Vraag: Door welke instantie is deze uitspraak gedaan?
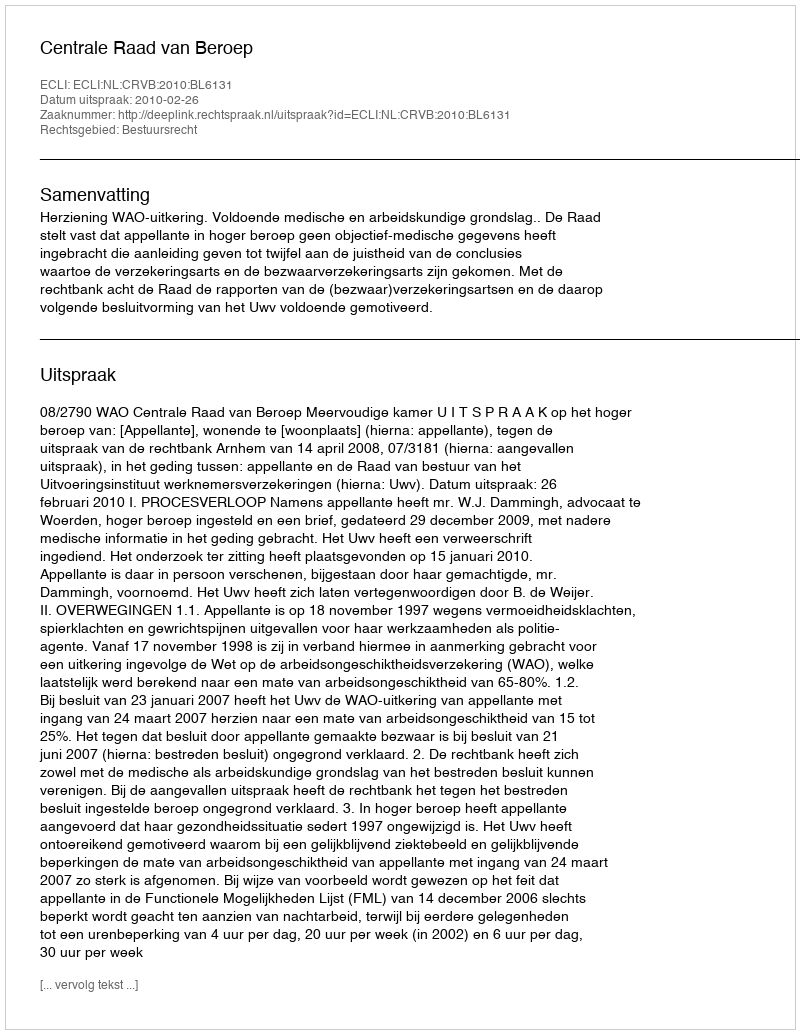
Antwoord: Centrale Raad van Beroep